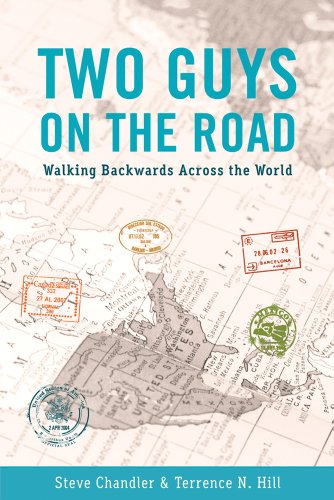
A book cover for TWO GUYS ON THE ROAD: Walking Backwards Across the World; Steve Chandler; Travel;